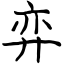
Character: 弈